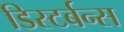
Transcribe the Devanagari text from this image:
डिस्टर्बन्स